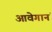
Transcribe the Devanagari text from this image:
आवेगानं